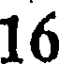
16